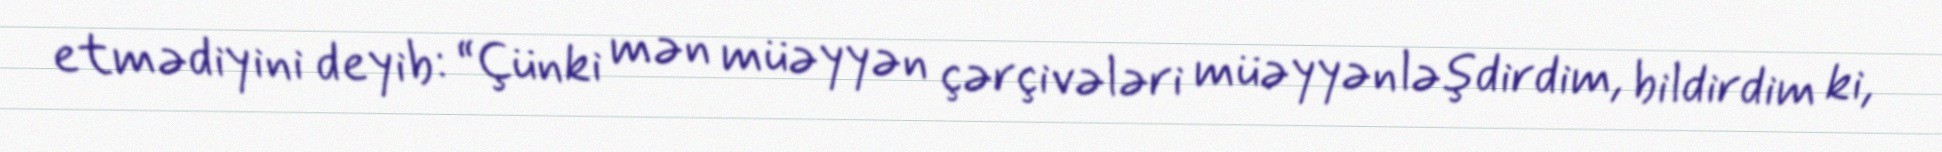
etmədiyini deyib: “Çünki mən müəyyən çərçivələri müəyyənləşdirdim, bildirdim ki,